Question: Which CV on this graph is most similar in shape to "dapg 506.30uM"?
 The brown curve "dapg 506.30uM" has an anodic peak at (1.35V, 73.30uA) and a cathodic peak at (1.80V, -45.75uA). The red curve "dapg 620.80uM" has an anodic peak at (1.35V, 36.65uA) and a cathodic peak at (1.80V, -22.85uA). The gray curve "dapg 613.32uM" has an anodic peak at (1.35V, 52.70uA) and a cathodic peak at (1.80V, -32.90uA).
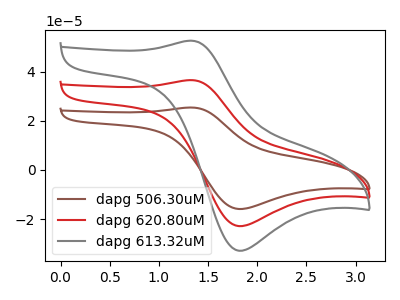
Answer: <think>All the peaks in "dapg 506.30uM" have a peak in "dapg 620.80uM" at the same potential. Every peak in "dapg 506.30uM" is higher than every peak in "dapg 620.80uM". All the peaks in "dapg 506.30uM" have a peak in "dapg 613.32uM" at the same potential. Every peak in "dapg 506.30uM" is higher than every peak in "dapg 613.32uM". All the peaks in "dapg 620.80uM" have a peak in "dapg 613.32uM" at the same potential. Every peak in "dapg 620.80uM" is lower than every peak in "dapg 613.32uM".
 </think>
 <answer>"dapg 506.30uM" and "dapg 620.80uM" have a similar shape to "dapg 613.32uM".</answer>
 <eval>"dapg 506.30uM" "dapg 620.80uM"</eval>